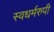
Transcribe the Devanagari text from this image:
स्वधर्मरुपी